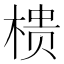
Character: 𭫀